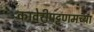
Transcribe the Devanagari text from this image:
कावेरीपट्टणमच्या